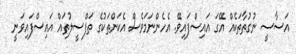
އަސާސީ ނުގުތާތަކެއް އޭގަ އައިސްފައިވޭ. އެހެންނަމަވެސް އެކަންތަކުގެ ތަފްސީލުތައް އައިސްފައިވަނީ